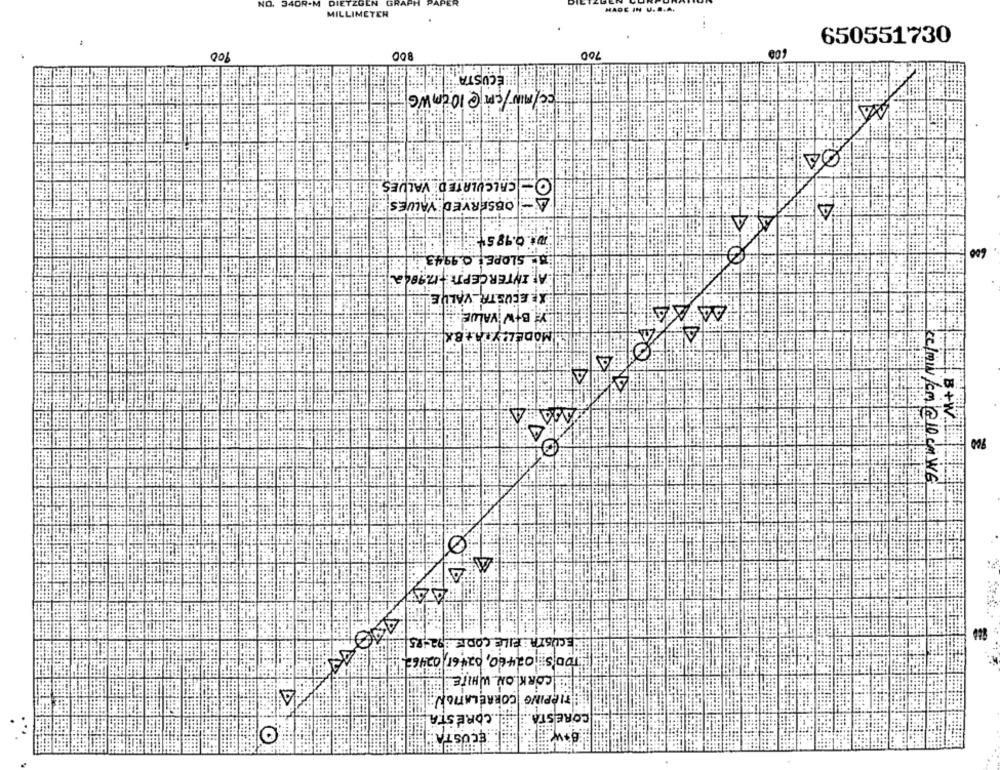
ON
340
MILLIMETER
650551730
100
700
HLÉCUSTA BEI :!:
cc/MIN/CPT@10cmWG
04
CALCULATED VALUES
OBSERVED VALUES
A
0. 0.98 54
600
" SLOPE : 0.9943
A INTERCEPTE -17.980A
XE ECUSTA VALUE
BiQ
Y B+W VALUE
MODELLY A+BX
JOA
B+W.
900
cc/MIN/cm @ 10 cmWE
ECOSTA FILE CODES 892-85
TOD'S 02460, 02461 02462
CORK ON WHITE
TIPPING CORRELATION
CORESTA
CORESTA
ECOST